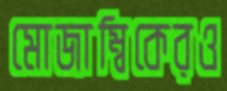
মোজাম্বিকেরও